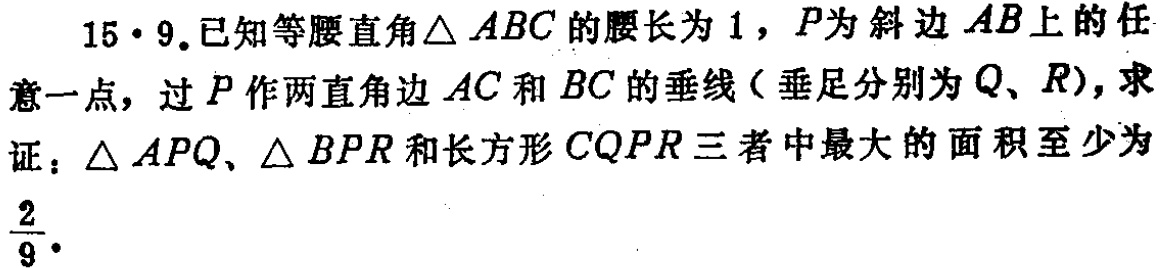
15·9.已知等腰直角\(\triangle ABC\)的腰长为\(1\)，\(P\)为斜边\(AB\)上的任意一点，过\(P\)作两直角边\(AC\)和\(BC\)的垂线（垂足分别为\(Q\)、\(R\)），求证：\(\triangle APQ\)、\(\triangle BPR\)和长方形\(CQPR\)三者中最大的面积至少为\(\frac{2}{9}\)。